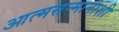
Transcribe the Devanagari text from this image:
आत्मसन्मानाशी